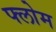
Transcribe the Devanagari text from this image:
फ्लोम